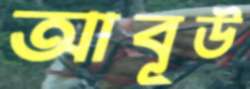
আবূউ